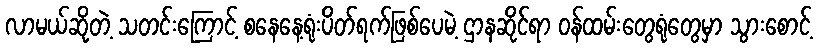
လာမယ်ဆိုတဲ့ သတင်းကြောင့် စနေနေ့ရုံးပိတ်ရက်ဖြစ်ပေမဲ့ ဌာနဆိုင်ရာ ဝန်ထမ်းတွေရုံတွေမှာ သွားစောင့်